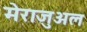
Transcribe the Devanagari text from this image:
मेराजुअल